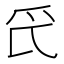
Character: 𱬵